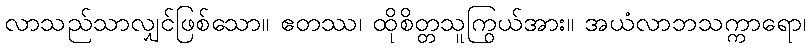
လာသည်သာလျှင်ဖြစ်သော။ ဧတဿ၊ ထိုစိတ္တသူကြွယ်အား။ အယံလာဘသက္ကာရော၊